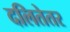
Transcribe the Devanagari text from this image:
दलितेतर